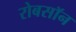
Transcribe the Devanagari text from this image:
रोबसॉन